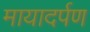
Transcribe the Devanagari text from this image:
मायादर्पण